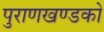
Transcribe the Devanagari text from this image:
पुराणखण्डको